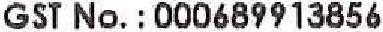
GST NO. : 000689913856